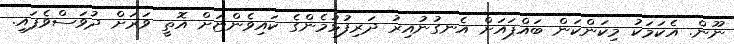
ނޫން. އެކަމަކު މިކަންކަން ބައްޕައަށް އެނގުނުއިރު ދަރިފުޅުމެންގެ ކައިވެންޏަށް އޮތީ ވަރަށް ދުވަސްވެފައި.